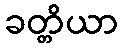
ခတ္တိယာ